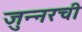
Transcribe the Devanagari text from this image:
जुन्‍नरची